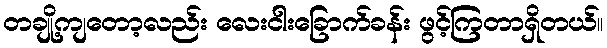
တချို့ကျတော့လည်း လေးငါးခြောက်ခန်း ဖွင့်ကြတာရှိတယ်။